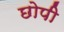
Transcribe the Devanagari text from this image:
छोपी